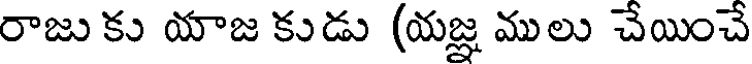
రాజు కు యాజ కుడు (యజ్ఞ ములు చేయించే